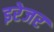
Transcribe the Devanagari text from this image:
इरेजर